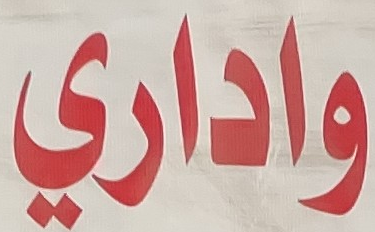
واداري